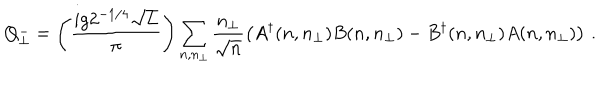
LaTeX: Q _ { \perp } ^ { - } = \left( \frac { i g 2 ^ { - 1 / 4 } \sqrt { L } } { \pi } \right) \sum _ { n , n _ { \perp } } \frac { n _ { \perp } } { \sqrt { n } } \left( A ^ { \dagger } ( n , n _ { \perp } ) B ( n , n _ { \perp } ) - B ^ { \dagger } ( n , n _ { \perp } ) A ( n , n _ { \perp } ) \right) \, .